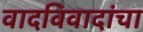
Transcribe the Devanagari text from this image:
वादविवादांचा